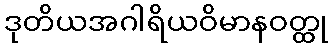
ဒုတိယအဂါရိယဝိမာနဝတ္ထု